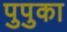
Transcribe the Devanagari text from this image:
पुपुका